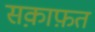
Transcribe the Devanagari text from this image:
सक़ाफ़त